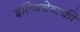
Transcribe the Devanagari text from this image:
इल्यिचेव्स्की